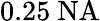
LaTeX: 0.25~\mathrm{NA}